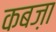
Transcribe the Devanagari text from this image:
कबज़ा